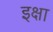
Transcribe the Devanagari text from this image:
इक्षा